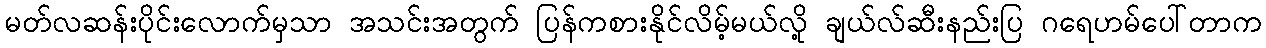
မတ်လဆန်းပိုင်းလောက်မှသာ အသင်းအတွက် ပြန်ကစားနိုင်လိမ့်မယ်လို့ ချယ်လ်ဆီးနည်းပြ ဂရေဟမ်ပေါ်တာက